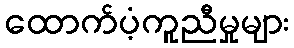
ထောက်ပံ့ကူညီမှုများ